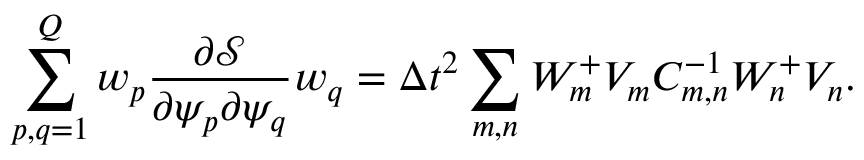
\sum _ { p , q = 1 } ^ { Q } w _ { p } \frac { \partial \mathcal { S } } { \partial \psi _ { p } \partial \psi _ { q } } w _ { q } = \Delta t ^ { 2 } \sum _ { m , n } W _ { m } ^ { + } V _ { m } C _ { m , n } ^ { - 1 } W _ { n } ^ { + } V _ { n } .